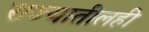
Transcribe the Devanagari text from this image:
राज्यातीलही